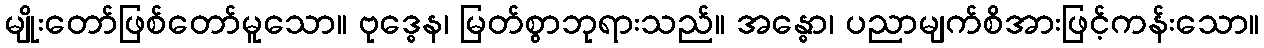
မျိုးတော်ဖြစ်တော်မူသော။ ဗုဒ္ဓေန၊ မြတ်စွာဘုရားသည်။ အန္ဓော၊ ပညာမျက်စိအားဖြင့်ကန်းသော။